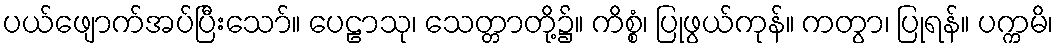
ပယ်ဖျောက်အပ်ပြီးသော်။ ပေဠာသု၊ သေတ္တာတို့၌။ ကိစ္စံ၊ ပြုဖွယ်ကုန်။ ကတွာ၊ ပြုရန်။ ပက္ကမိ၊